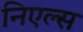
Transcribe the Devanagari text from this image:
निएल्स